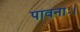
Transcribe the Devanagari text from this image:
पावनाः।